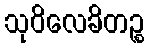
သုဝိလေခိတဉ္စ